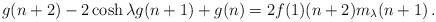
LaTeX: \begin{align*}g(n+2)- 2\cosh \lambda g(n+1)+ g(n)= 2 f(1) (n+2) m_{\lambda}(n+1)\,.\end{align*}